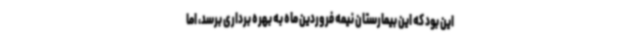
این بود که این بیمارستان نیمه فروردین ماه به بهره برداری برسد، اما